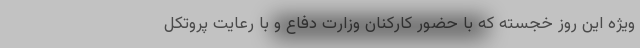
ویژه این روز خجسته که با حضور کارکنان وزارت دفاع و با رعایت پروتکل